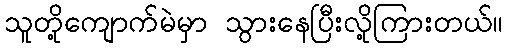
သူတို့ကျောက်မဲမှာ သွားနေပြီးလို့ကြားတယ်။